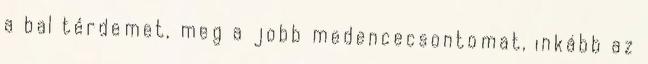
a bal térdemet, meg a jobb medencecsontomat, inkább az